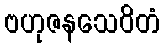
ဗဟုဇနသေဝိတံ